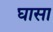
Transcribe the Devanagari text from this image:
घासा